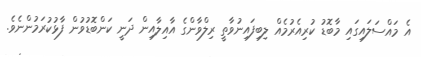
އެ މައްސަލައިގައި މާބޮޑު ކުރިއެރުމެއް ލިބިފައިނުވާތީ ރިލްވާންގެ އާއިލާއިން ދަނީ ކަންބޮޑުވުން ފާޅުކުރަމުންނެވެ.